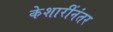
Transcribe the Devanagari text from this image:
केशारींनंतर